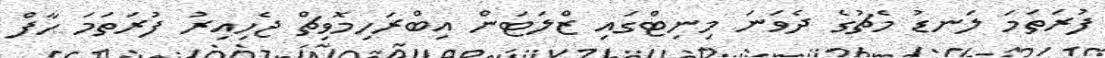
ފުރަތަމަ ލަނޑު މެޗުގެ ދެވަނަ މިނިޓްގައި ޒްލަޓަން އިބްރަހިމޮވިޗް ޖެހިއިރު ފުރަތަމަ ހާފް